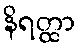
နိရတ္ထာ